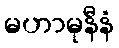
မဟာမုနီနံ